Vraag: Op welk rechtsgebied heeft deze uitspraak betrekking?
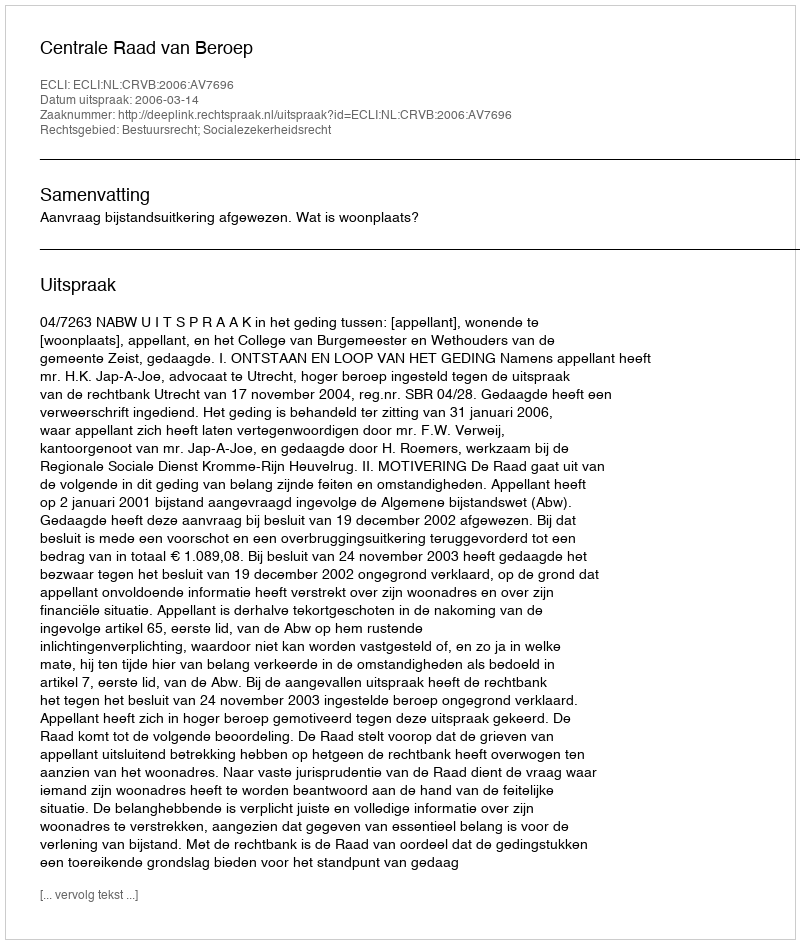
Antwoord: Bestuursrecht; Socialezekerheidsrecht